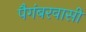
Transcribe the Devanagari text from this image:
पैगंबरवासी